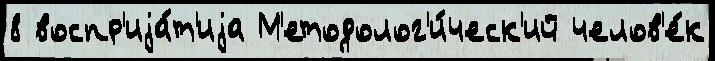
8 воспр'иjа́т'иjа М'етодолог'и́ческ'ий челов'е́к